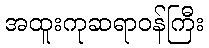
အထူးကုဆရာဝန်ကြီး